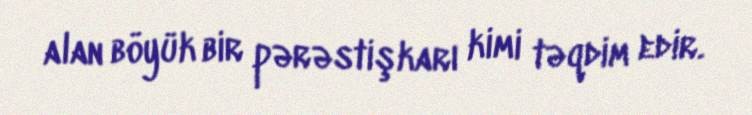
alan böyük bir pərəstişkarı kimi təqdim edir.